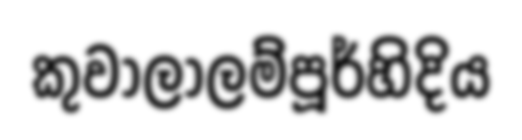
කුවාලාලම්පූර්හිදිය